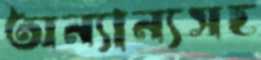
অন্যান্যসহ